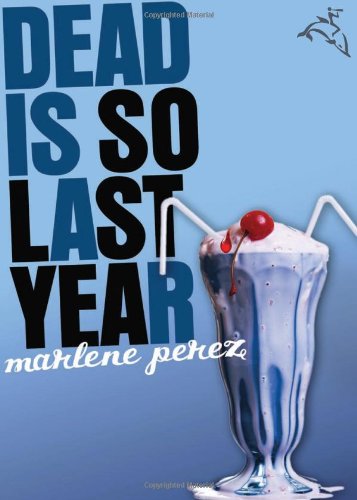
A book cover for Dead Is So Last Year; Marlene Perez; Teen & Young Adult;